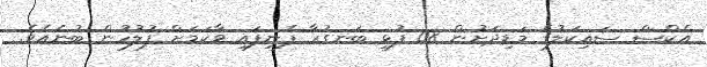
އެކްސް ސައިކަލުގެ މަޑިދަށުން 08 ފުޅި ބަނގުރާ ފެނިފައި ވާކަމަށް ފުލުހުން ބުނެއެވެ.